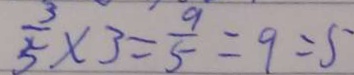
\frac { 3 } { 5 } \times 3 = \frac { 9 } { 5 } = 9 = 5